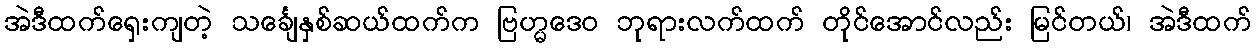
အဲဒီထက်ရှေးကျတဲ့ သင်္ချေနှစ်ဆယ်ထက်က ဗြဟ္မဒေဝ ဘုရားလက်ထက် တိုင်အောင်လည်း မြင်တယ်၊ အဲဒီထက်